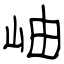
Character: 岫